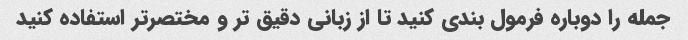
جمله را دوباره فرمول بندی کنید تا از زبانی دقیق تر و مختصرتر استفاده کنید